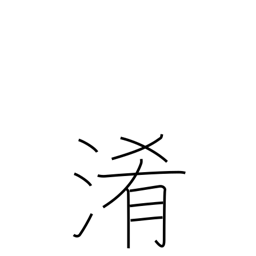
Meaning: turbidity